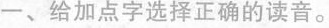
一、给加点字选择正确的读音。